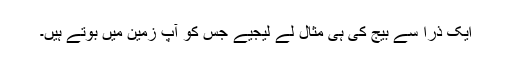
ایک ذرا سے بیج کی ہی مثال لے لیجیے جس کو آپ زمین میں بوتے ہیں۔